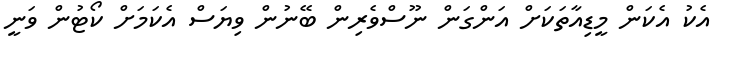
އެކު އެކަން މީޑިއާތަކަށް އަންގަން ނޫސްވެރިން ބޭނުން ވިޔަސް އެކަމަށް ކޯޓުން ވަނީ